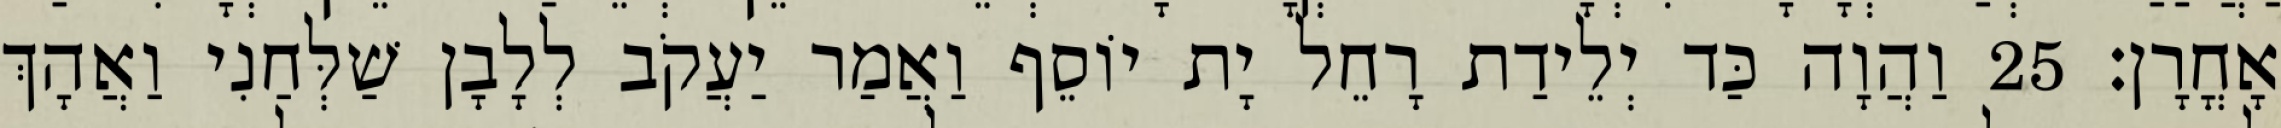
אָחֳרָן׃ 25 וַהֲוָה כַּד יְלֵידַת רָחֵל יָת יוֹסֵף וַאֲמַר יַעֲקֹב לְלָבָן שַׁלְּחַנִי וַאֲהָךְ